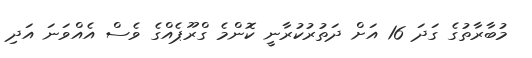
މުބާރާތުގެ ގަދަ 16 އަށް ދަތުރުކުރާނީ ކޮންމެ ގްރޫޕެއްގެ ވެސް އެއްވަނަ އަދި